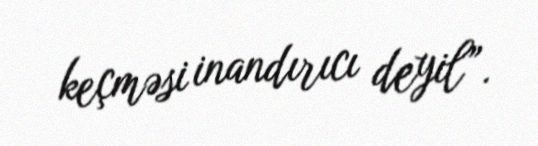
keçməsi inandırıcı deyil”.